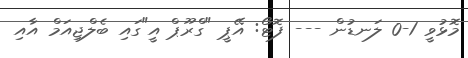
މޮޅުވީ 1-0 ލަނޑުން --- ފޮޓޯ: އޭޕީ "ގްރޫޕް އީ"ގައި ބެލްޖިއަމް އާއި